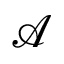
\mathcal { A }